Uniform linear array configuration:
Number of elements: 32
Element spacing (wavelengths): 1
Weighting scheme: binomial
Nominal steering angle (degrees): -45
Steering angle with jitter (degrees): -43.429
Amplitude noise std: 0.05
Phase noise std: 0.05

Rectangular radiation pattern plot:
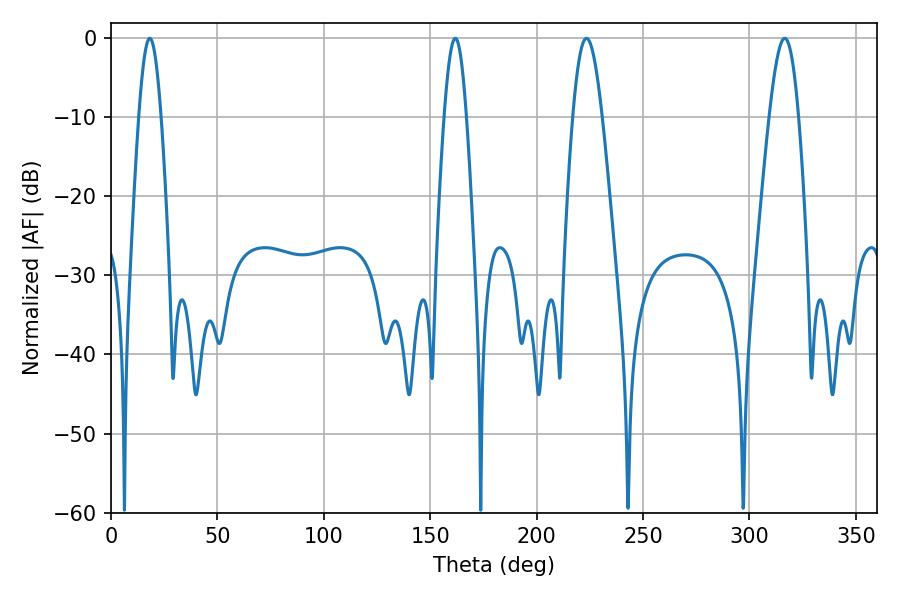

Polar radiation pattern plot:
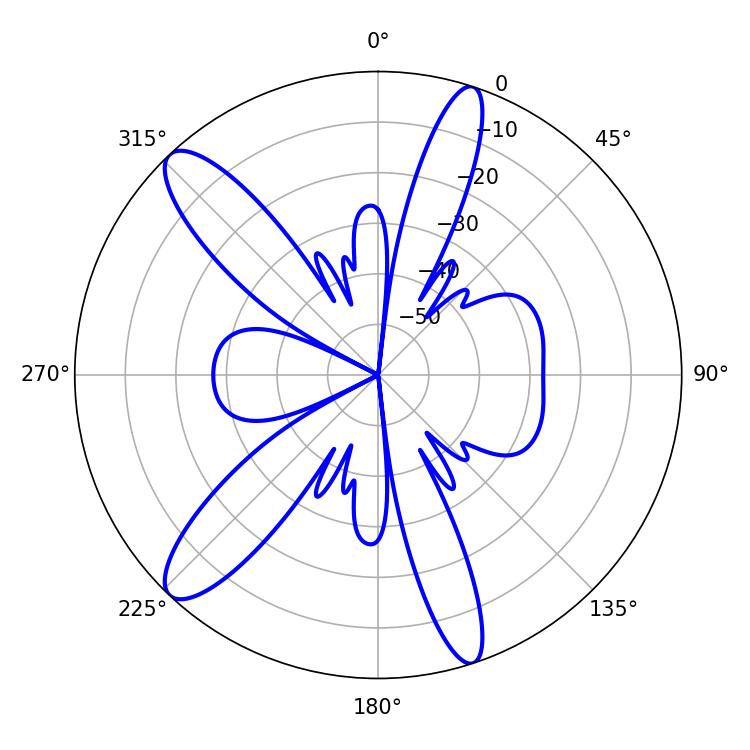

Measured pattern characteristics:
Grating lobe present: TRUE
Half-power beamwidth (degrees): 7.56
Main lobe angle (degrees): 223.38